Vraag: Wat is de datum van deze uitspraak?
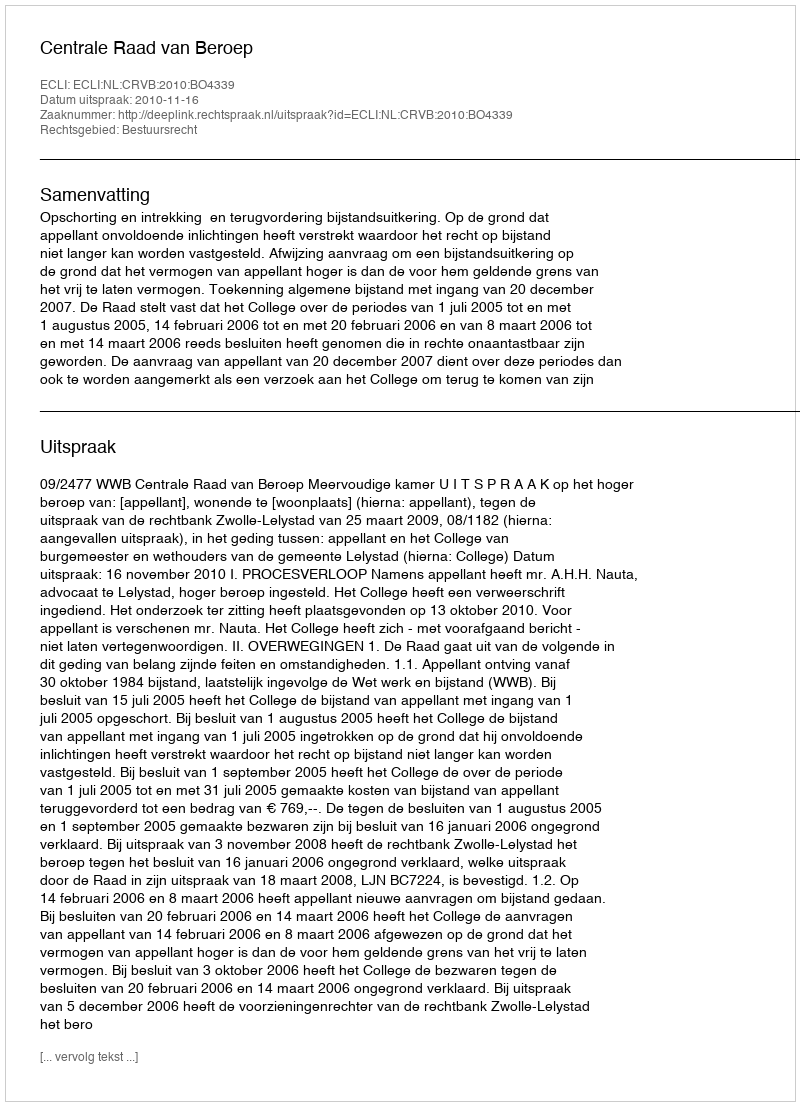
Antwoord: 2010-11-16